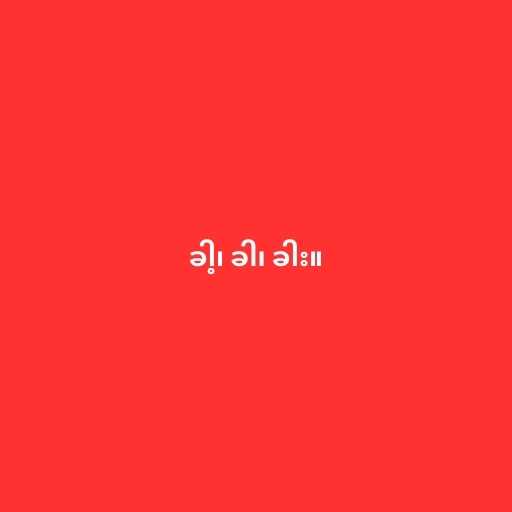
ခါ့၊ ခါ၊ ခါး။